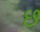
છ